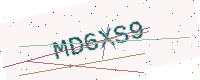
Text: MD6XS9